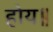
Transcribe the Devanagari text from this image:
होय॥